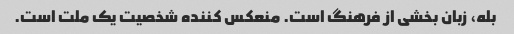
بله، زبان بخشی از فرهنگ است. منعکس کننده شخصیت یک ملت است.